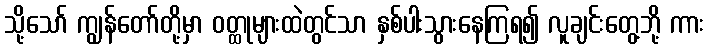
သို့သော် ကျွန်တော်တို့မှာ ဝတ္ထုများထဲတွင်သာ နှစ်ပါးသွားနေကြရ၍ လူချင်းတွေ့ဘို့ ကား